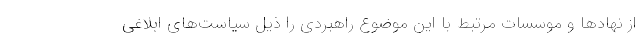
از نهادها و موسسات مرتبط با این موضوع راهبردی را ذیل سیاست‌های ابلاغی